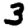
Digit: 3